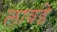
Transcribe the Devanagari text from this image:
लावंडे